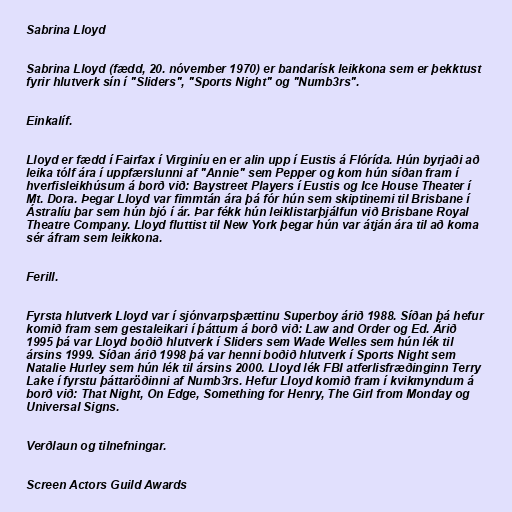
Sabrina Lloyd

Sabrina Lloyd (fædd, 20. nóvember 1970) er bandarísk leikkona sem er þekktust
fyrir hlutverk sín í "Sliders", "Sports Night" og "Numb3rs".

Einkalíf.

Lloyd er fædd í Fairfax í Virginíu en er alin upp í Eustis á Flórída. Hún byrjaði að
leika tólf ára í uppfærslunni af "Annie" sem Pepper og kom hún síðan fram í
hverfisleikhúsum á borð við: Baystreet Players í Eustis og Ice House Theater í
Mt. Dora. Þegar Lloyd var fimmtán ára þá fór hún sem skiptinemi til Brisbane í
Ástralíu þar sem hún bjó í ár. Þar fékk hún leiklistarþjálfun við Brisbane Royal
Theatre Company. Lloyd fluttist til New York þegar hún var átján ára til að koma
sér áfram sem leikkona.

Ferill.

Fyrsta hlutverk Lloyd var í sjónvarpsþættinu Superboy árið 1988. Síðan þá hefur
komið fram sem gestaleikari í þáttum á borð við: Law and Order og Ed. Árið
1995 þá var Lloyd boðið hlutverk í Sliders sem Wade Welles sem hún lék til
ársins 1999. Síðan árið 1998 þá var henni boðið hlutverk í Sports Night sem
Natalie Hurley sem hún lék til ársins 2000. Lloyd lék FBI atferlisfræðinginn Terry
Lake í fyrstu þáttaröðinni af Numb3rs. Hefur Lloyd komið fram í kvikmyndum á
borð við: That Night, On Edge, Something for Henry, The Girl from Monday og
Universal Signs.

Verðlaun og tilnefningar.

Screen Actors Guild Awards